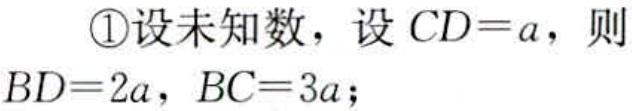
\textcircled{1}设未知数，设\(CD = a\)，则\(BD = 2a\)，\(BC = 3a\)；